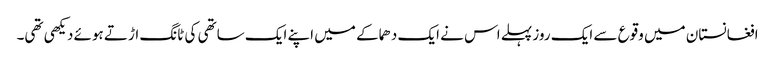
افغانستان میں وقوع سے ایک روز پہلے اس نے ایک دھماکے میں اپنے ایک ساتھی کی ٹانگ اڑتے ہوئے دیکھی تھی۔